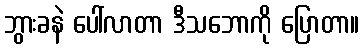
ဘွားခနဲ ပေါ်လာတာ ဒီသဘောကို ပြောတာ။